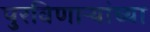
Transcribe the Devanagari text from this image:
पुरविणाऱ्यांच्या